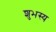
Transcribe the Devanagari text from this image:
शुभस्य